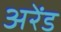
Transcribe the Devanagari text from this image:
अरेंड